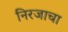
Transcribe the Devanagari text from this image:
निरजाचा